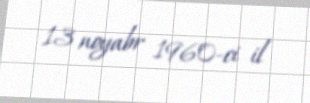
13 noyabr 1960-ci il